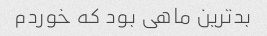
بدترین ماهی بود که خوردم